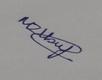
Signature authenticity: genuine